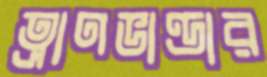
ত্রাণভাণ্ডার